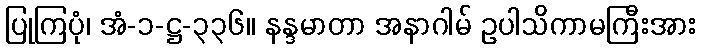
ပြုကြပုံ၊ အံ-၁-ဋ္ဌ-၃၃၆။ နန္ဒမာတာ အနာဂါမ် ဥပါသိကာမကြီးအား